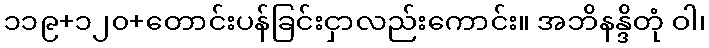
၁၁၉+၁၂၀+တောင်းပန်ခြင်းငှာလည်းကောင်း။ အဘိနန္ဒိတုံ ဝါ၊